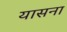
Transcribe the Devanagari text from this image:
यासना